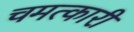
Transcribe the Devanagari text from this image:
चमत्‍कारी